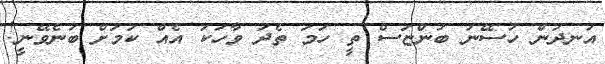
އަނދުން ހުސޭނު ބުންޏަސް ތީ ހަމަ ތެދު ވާހަކަ އެއް ކަމަށް ބުނެވޭނީ!